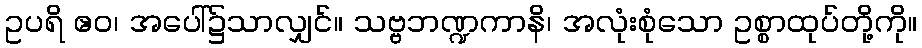
ဥပရိ ဧဝ၊ အပေါ်၌သာလျှင်။ သဗ္ဗဘဏ္ဍကာနိ၊ အလုံးစုံသော ဥစ္စာထုပ်တို့ကို။